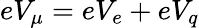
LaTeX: eV_{\mu}=eV_{e}+eV_{q}